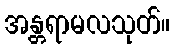
အန္တရာမလသုတ်။